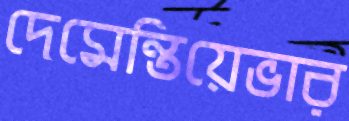
দেমেন্তিয়েভার